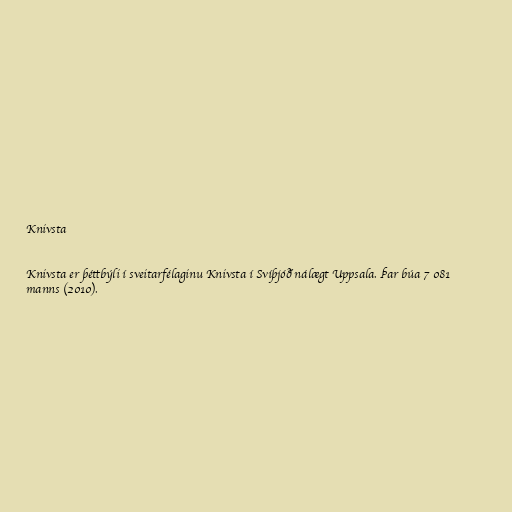
Knivsta

Knivsta er þéttbýli í sveitarfélaginu Knivsta í Svíþjóð nálægt Uppsala. Þar búa 7 081
manns (2010).